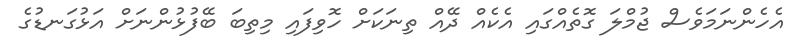
އެހެންނަމަވެސް ޖުމްލަ ގޮތެއްގައި އެކެއް ދޭއް ތިނަކަށް ހޮވިފައި މިތިބަ ބޭފުޅުންނަށް އަޅުގަނޑުގެ